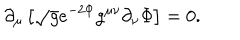
\partial _ { \mu } \left[ \sqrt { g } e ^ { - 2 \Phi } g ^ { \mu \nu } \partial _ { \nu } \Phi \right] = 0 .